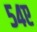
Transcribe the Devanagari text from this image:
५४ए